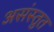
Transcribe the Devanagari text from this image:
असंस्तुत